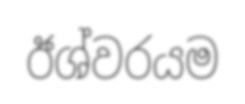
ඊශ්වරයම